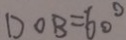
D O B = 6 0 ^ { \circ }